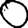
Digit: 0